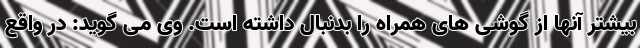
بیشتر آنها از گوشی های همراه را بدنبال داشته است. وی می گوید: در واقع